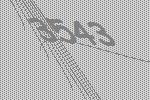
3543